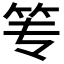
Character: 𰩮